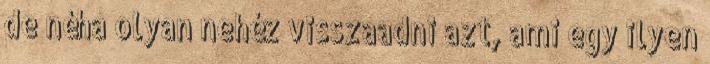
de néha olyan nehéz visszaadni azt, ami egy ilyen